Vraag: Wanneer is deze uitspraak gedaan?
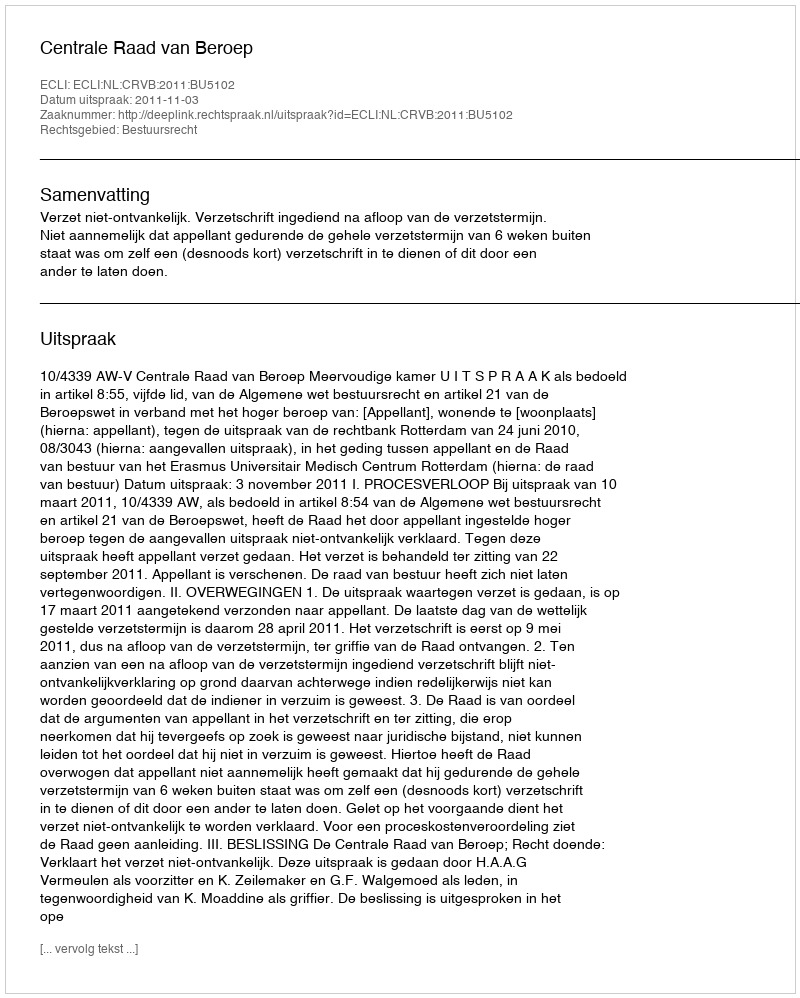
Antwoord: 2011-11-03